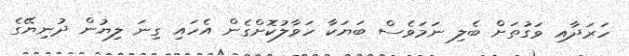
ހަރަދާއި ވަގުތަށް ބެލި ނަމަވެސް ބަޔަކާ ހަވާލުކޮށްގެން އެހައި ގިނަ ލިޔުން ދުނިޔޭގެ